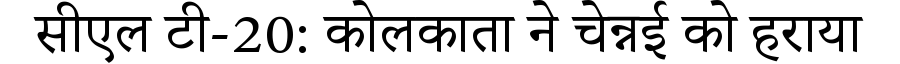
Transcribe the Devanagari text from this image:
सीएल टी-20: कोलकाता ने चेन्नई को हराया